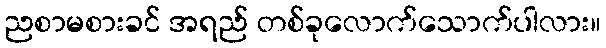
ညစာမစားခင် အရည် တစ်ခုလောက်သောက်ပါလား။